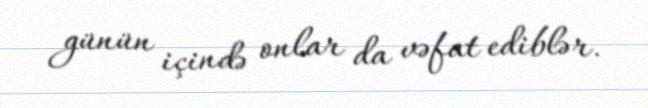
günün içində onlar da vəfat ediblər.